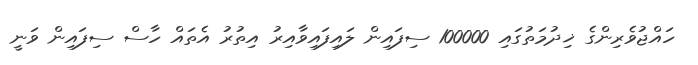
ހައްޖުވެރިންގެ ޚިދުމަތުގައި 100000 ސިފައިން ލައިފައިވާއިރު އިތުރު އެތައް ހާސް ސިފައިން ވަނީ